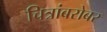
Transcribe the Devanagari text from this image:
चित्रांबरोबर